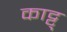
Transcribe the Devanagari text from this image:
काट्टु